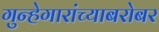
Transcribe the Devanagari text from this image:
गुन्हेगारांच्याबरोबर